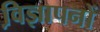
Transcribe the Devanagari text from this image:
वि़ज्ञापनों